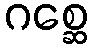
ဂစ္ဆေ